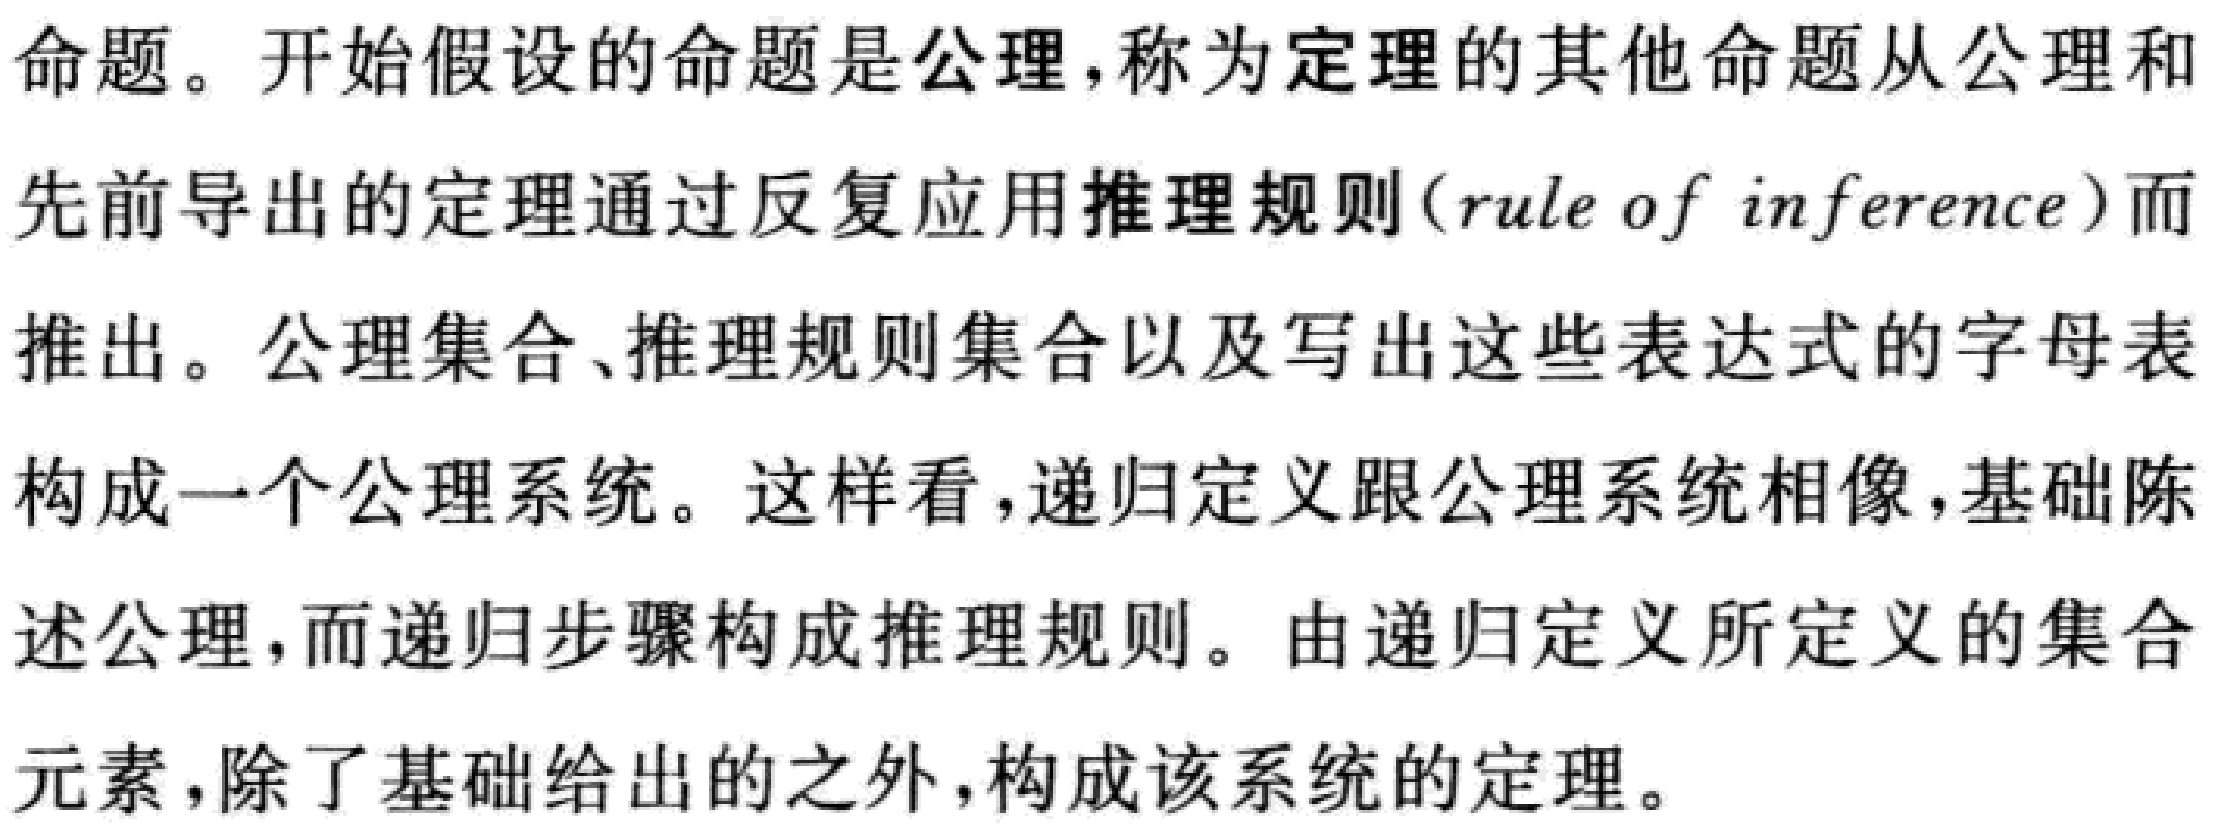
命题。开始假设的命题是公理，称为定理的其他命题从公理和先前导出的定理通过反复应用推理规则（rule of inference）而推出。公理集合、推理规则集合以及写出这些表达式的字母表构成一个公理系统。这样看，递归定义跟公理系统相像，基础陈述公理，而递归步骤构成推理规则。由递归定义所定义的集合元素，除了基础给出的之外，构成该系统的定理。